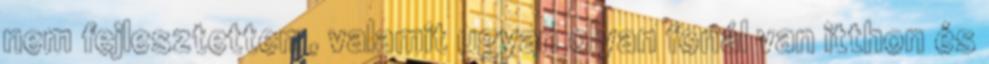
nem fejlesztettem, valamit ugyan olyan fonál van itthon és